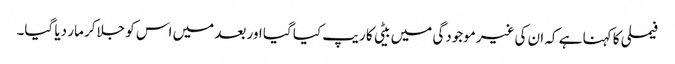
فیملی کا کہنا ہے کہ ان کی غیرموجودگی میں بیٹی کا ریپ کیا گیا اور بعد میں اس کو جلاکر مار دیا گیا۔